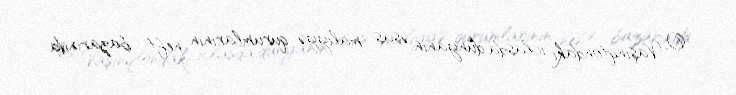
O, Vaşinqtondakı iclasda dünyanın əsas maliyyə qurumlarının neft bazarında